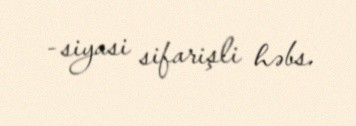
- siyasi sifarişli həbs.